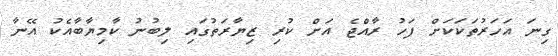
ގިނަ އަހަރުތަކަކަށް ފަހު ރާއްޖެ އަށް ކުރި ޒިޔާރަތުގައި ލިބުނު ކާމިޔާބާއެކު އޭނާ